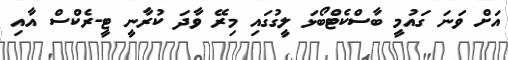
އަށް ވަނަ ގައުމީ ބާސްކެޓްބޯޅަ ލީގުގައި މިރޭ ވާދަ ކުރާނީ ޓީ-ރެކްސް އާއި